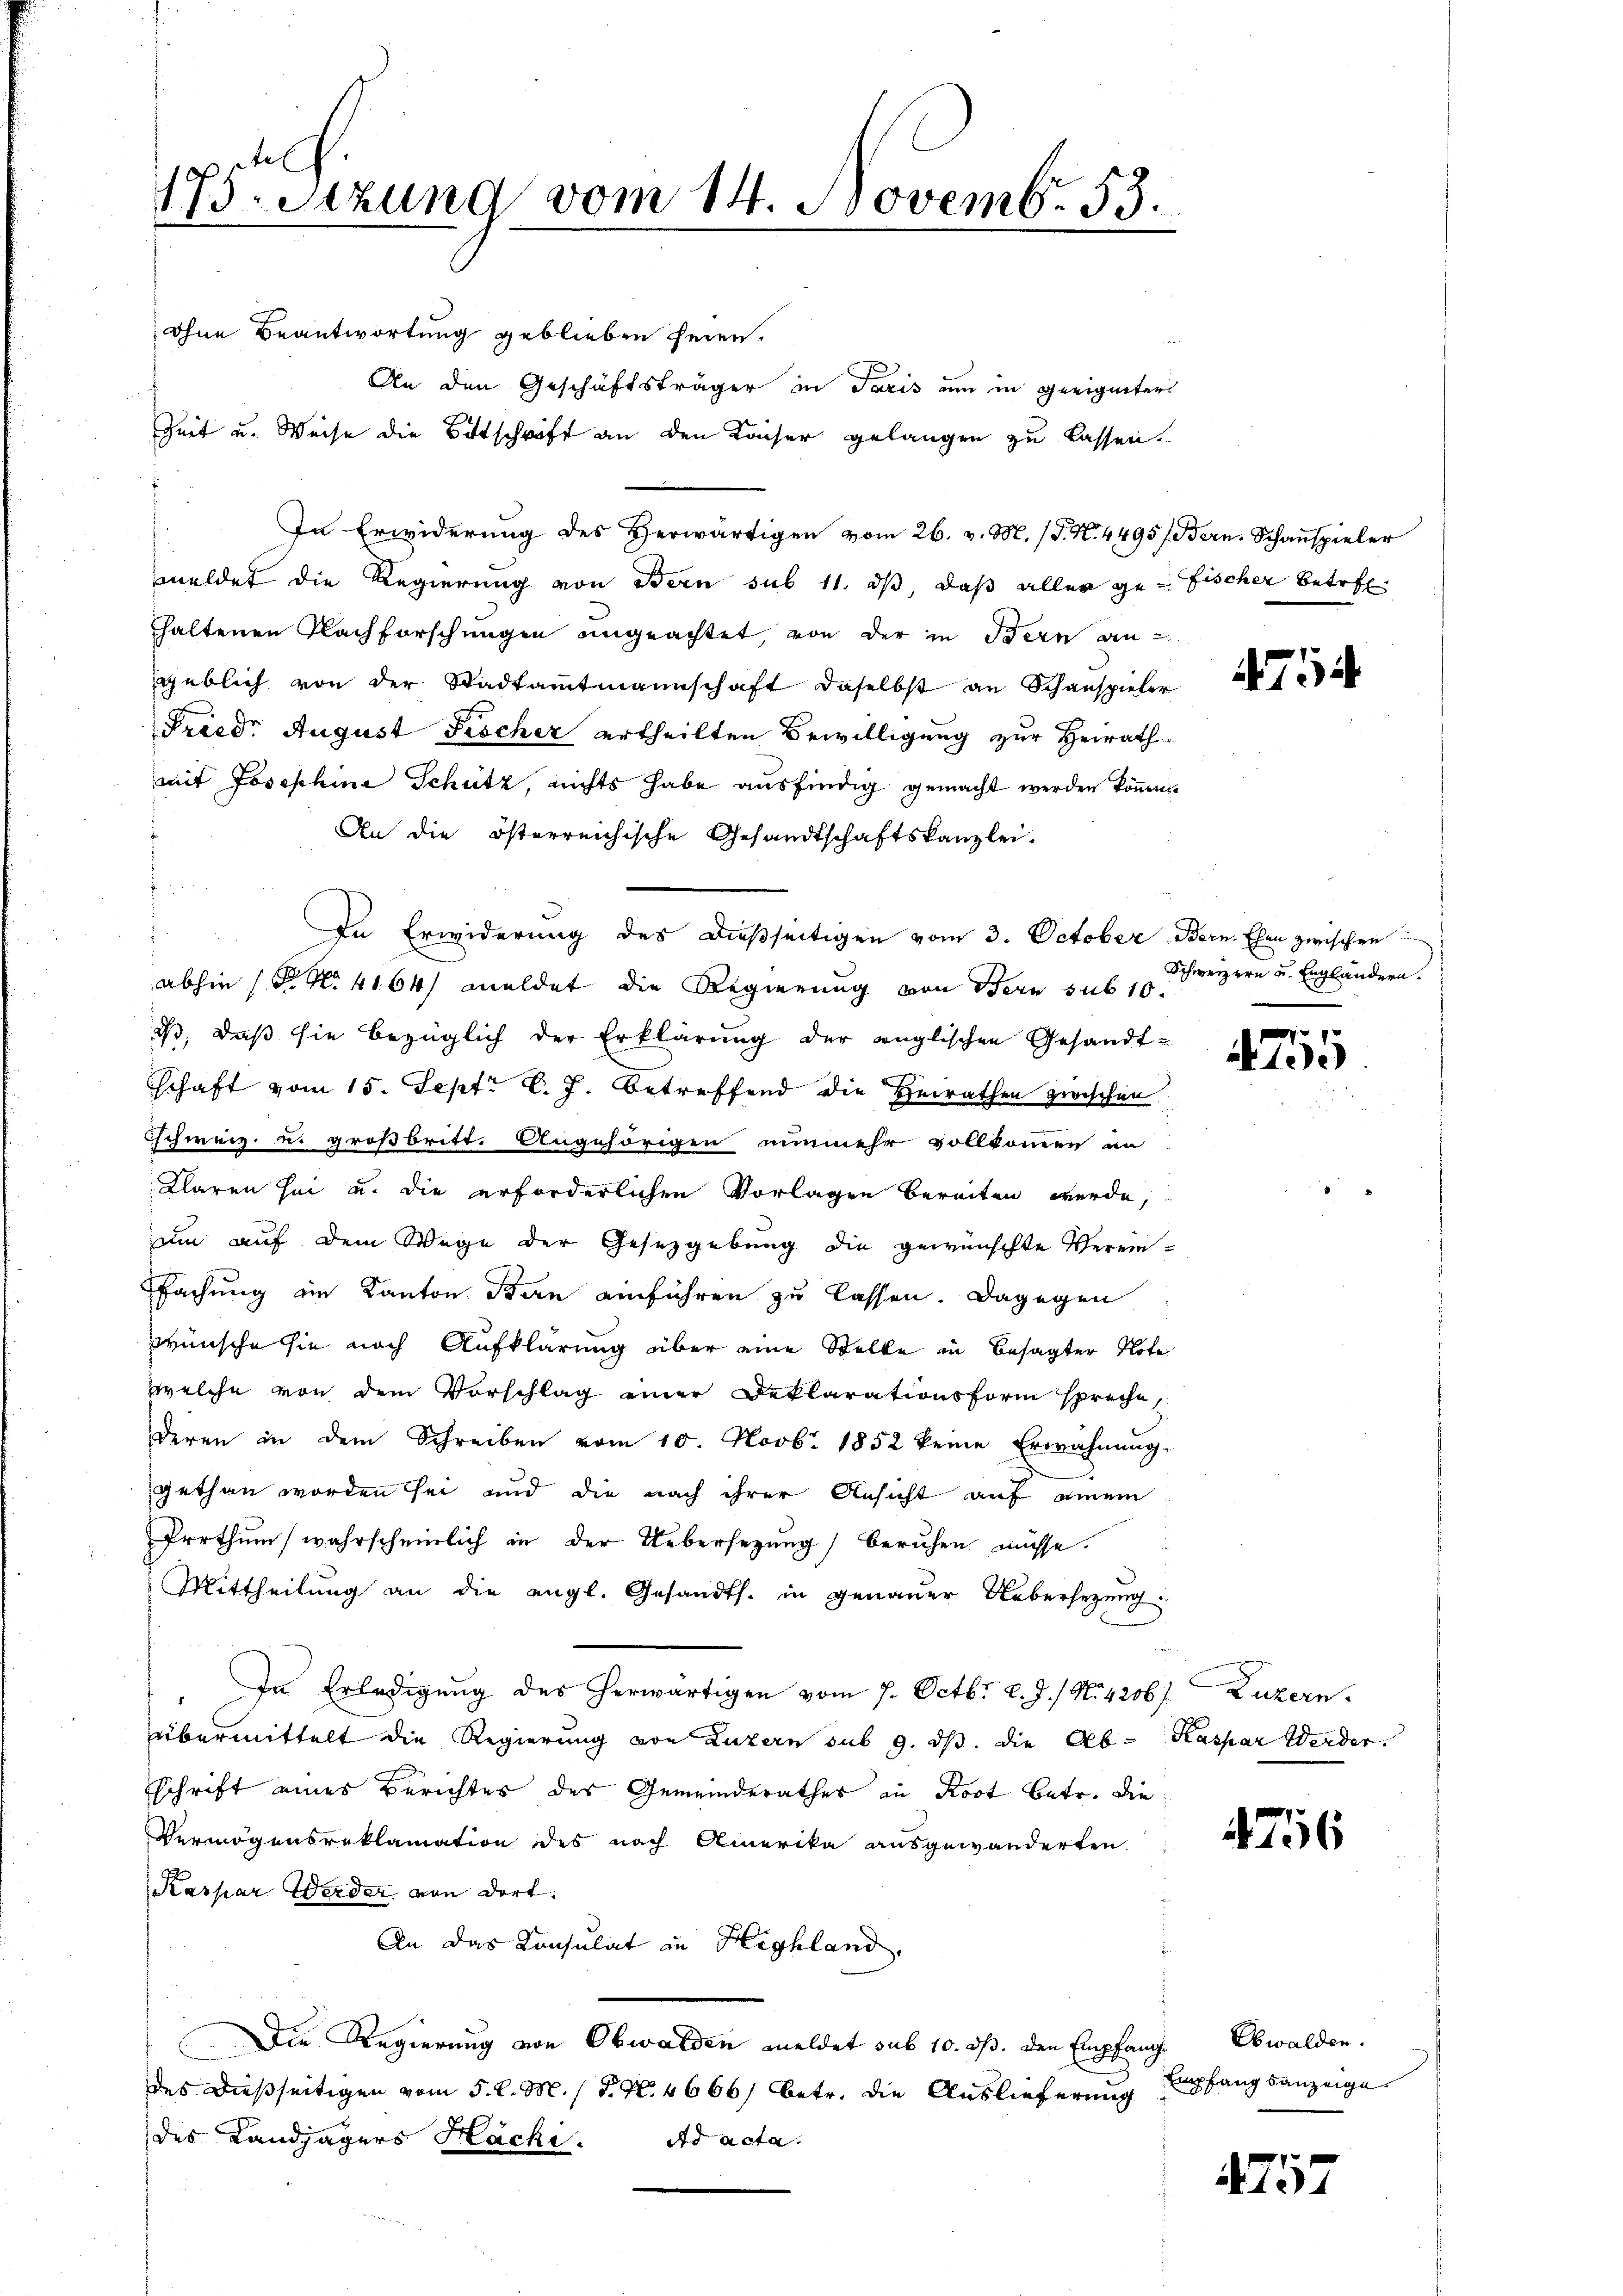
An den Geschäftsträger in Paris um in geeigneter
In Erwiderung des Herwärtigen vom 26. v. M. (T. N. 4495/ Bern, Schauspieler
meldet die Regierung von Bern sub 11. ds, daß aller ge- Fischer betrefhaltenen Nachforschungen angeachtet, von der in Bern an
geblich von der Stadtamtmannschaft daselbst an Schauspieler
Fried. August Fischer ertheilten Bewilligung zur Heirath
mit Josephine Schütz, nichts habe ausfindig gemacht werden können.
An die österreichische Gesandtschaftskanzlei.
In Erwiderung des dießseitigen vom 3. October Bern. Ehen zwischen
abhin str N. 4164) meldet die Regierung von Bern sub 10.
iß, daß sie bezüglich der Erklärung der englischen Gesandt-
schaft vom 15. Sept. l. J. betreffend die Heirathen zwischen
schweiz. u. großbritt. Angehörigen nunmehr vollkommen an
Klaren sei u. die erforderlichen Vorlagen bereiten werde,
um auf dem Wege der Gesetzgebung die gewünschte Verein-
fachung ein Kanton Bern einführen zu lassen. Dagegen
wünsche sie noch Aufklärung über eine Stelle in besagter Note
welche von dem Vorschlag einer Deklarationsform spreche,
deren in dem Schreiben vom 10. Novbr. 1852 keine Erwähnung
gethan worden sei und die nach ihrer Ansicht auf einem
Irrthum wahrscheinlich in der Uebersetzung) beruhen müsse.
Mittheilung an die angl. Gesandts. in genauer Uebersezung
In Erledigung des herwärtigen vom 7. Octbr. l. J. / N. 4206) Luzern.
übermittelt die Regierung von Luzern sub 9. ds. die Ab- Kaspar Werder.
schrift eines Berichtes des Gemeinderathes in Kost betr. die
Vermögensreklamation des nach Amerika ausgewänderten
Kaspar Werder von dort.
An das Konsulat in Highland,
Die Regierung von Obwalden meldet sub 10. ds. den Empfang Obwalden.
des dießseitigen vom 5. d. M. / N. N. 4666) betr. die Auslieferung
des Landjägers Hacki. Ad acta.

175. Sizung vom 14. Novemb. 53.
n
ohne Beantwortung geblieben seien.

Zeit u. Weise die Bittschrift an den Kaiser gelangen zu lassen.

474

Schweizern u. Engländern.

4755

4756

Empfangsanzeige

4757